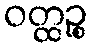
ဝတ္ထဉ္စ